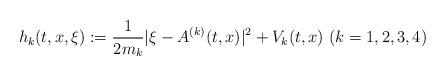
LaTeX: \begin{align*} h_k(t,x,\xi) := \frac{1}{2m_k}|\xi - A^{(k)}(t,x)|^2 + V_k(t,x) \ (k = 1,2,3,4) \end{align*}